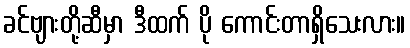
ခင်ဗျားတို့ဆီမှာ ဒီထက် ပို ကောင်းတာရှိသေးလား။